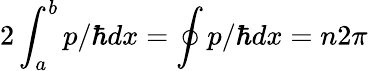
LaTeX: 2\int_{a}^{b}p/\hbar dx=\oint p/\hbar dx=n2\pi